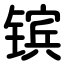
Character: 镔